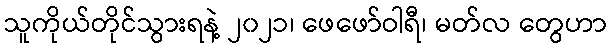
သူကိုယ်တိုင်သွားရနဲ့ ၂၀၂၁၊ ဖေဖော်ဝါရီ၊ မတ်လ တွေဟာ